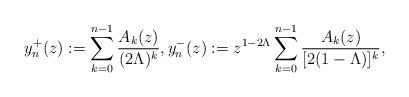
LaTeX: \begin{align*}y_n^+(z):=\sum_{k=0}^{n-1}{A_k(z)\over (2\Lambda )^k},y_n^-(z):=z^{1-2\Lambda}\sum_{k=0}^{n-1}{A_k(z)\over [2(1-\Lambda)]^k},\end{align*}